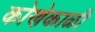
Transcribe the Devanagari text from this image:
कोणेकाळी